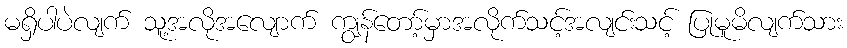
မရှိပါပဲလျက် သူ့အလိုအလျောက် ကျွန်တော့်မှာအလိုက်သင့်အလျင်းသင့် ပြုမူမိလျက်သား